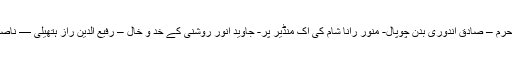
محمد یعقوب آسیؔ نظارۂ حرم – صادق اندوری بدن چوپال- منور رانا شام کی اک منڈیر پر- جاوید انور روشنی کے خدّ و خال – رفیع الدین راز ہتھیلی — ناصر ملک خزاں میرا موسم ۔